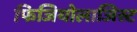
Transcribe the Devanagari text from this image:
फिजियोलाजिस्ट